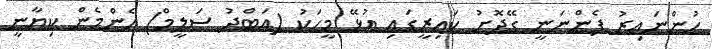
ހުންނައިރު ފެންނަނީ ގޭދޮށު ކައިރީގައި އުޅޭ މީހަކު (އަބްދު ސަލީމް) އެންމެން ކިޔާނީ